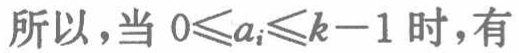
所以，当 \(0\leqslant a_{i}\leqslant k - 1\) 时，有